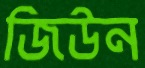
জিউন